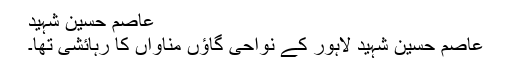
عاصم حسین شہید
عاصم حسین شہید لاہور کے نواحی گاؤں مناواں کا رہائشی تھا۔